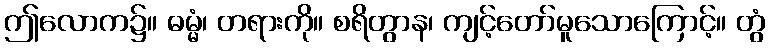
ဤလောက၌။ ဓမ္မံ၊ တရားကို။ စရိတွာန၊ ကျင့်တော်မူသောကြောင့်။ တွံ